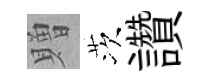
贈茨讚